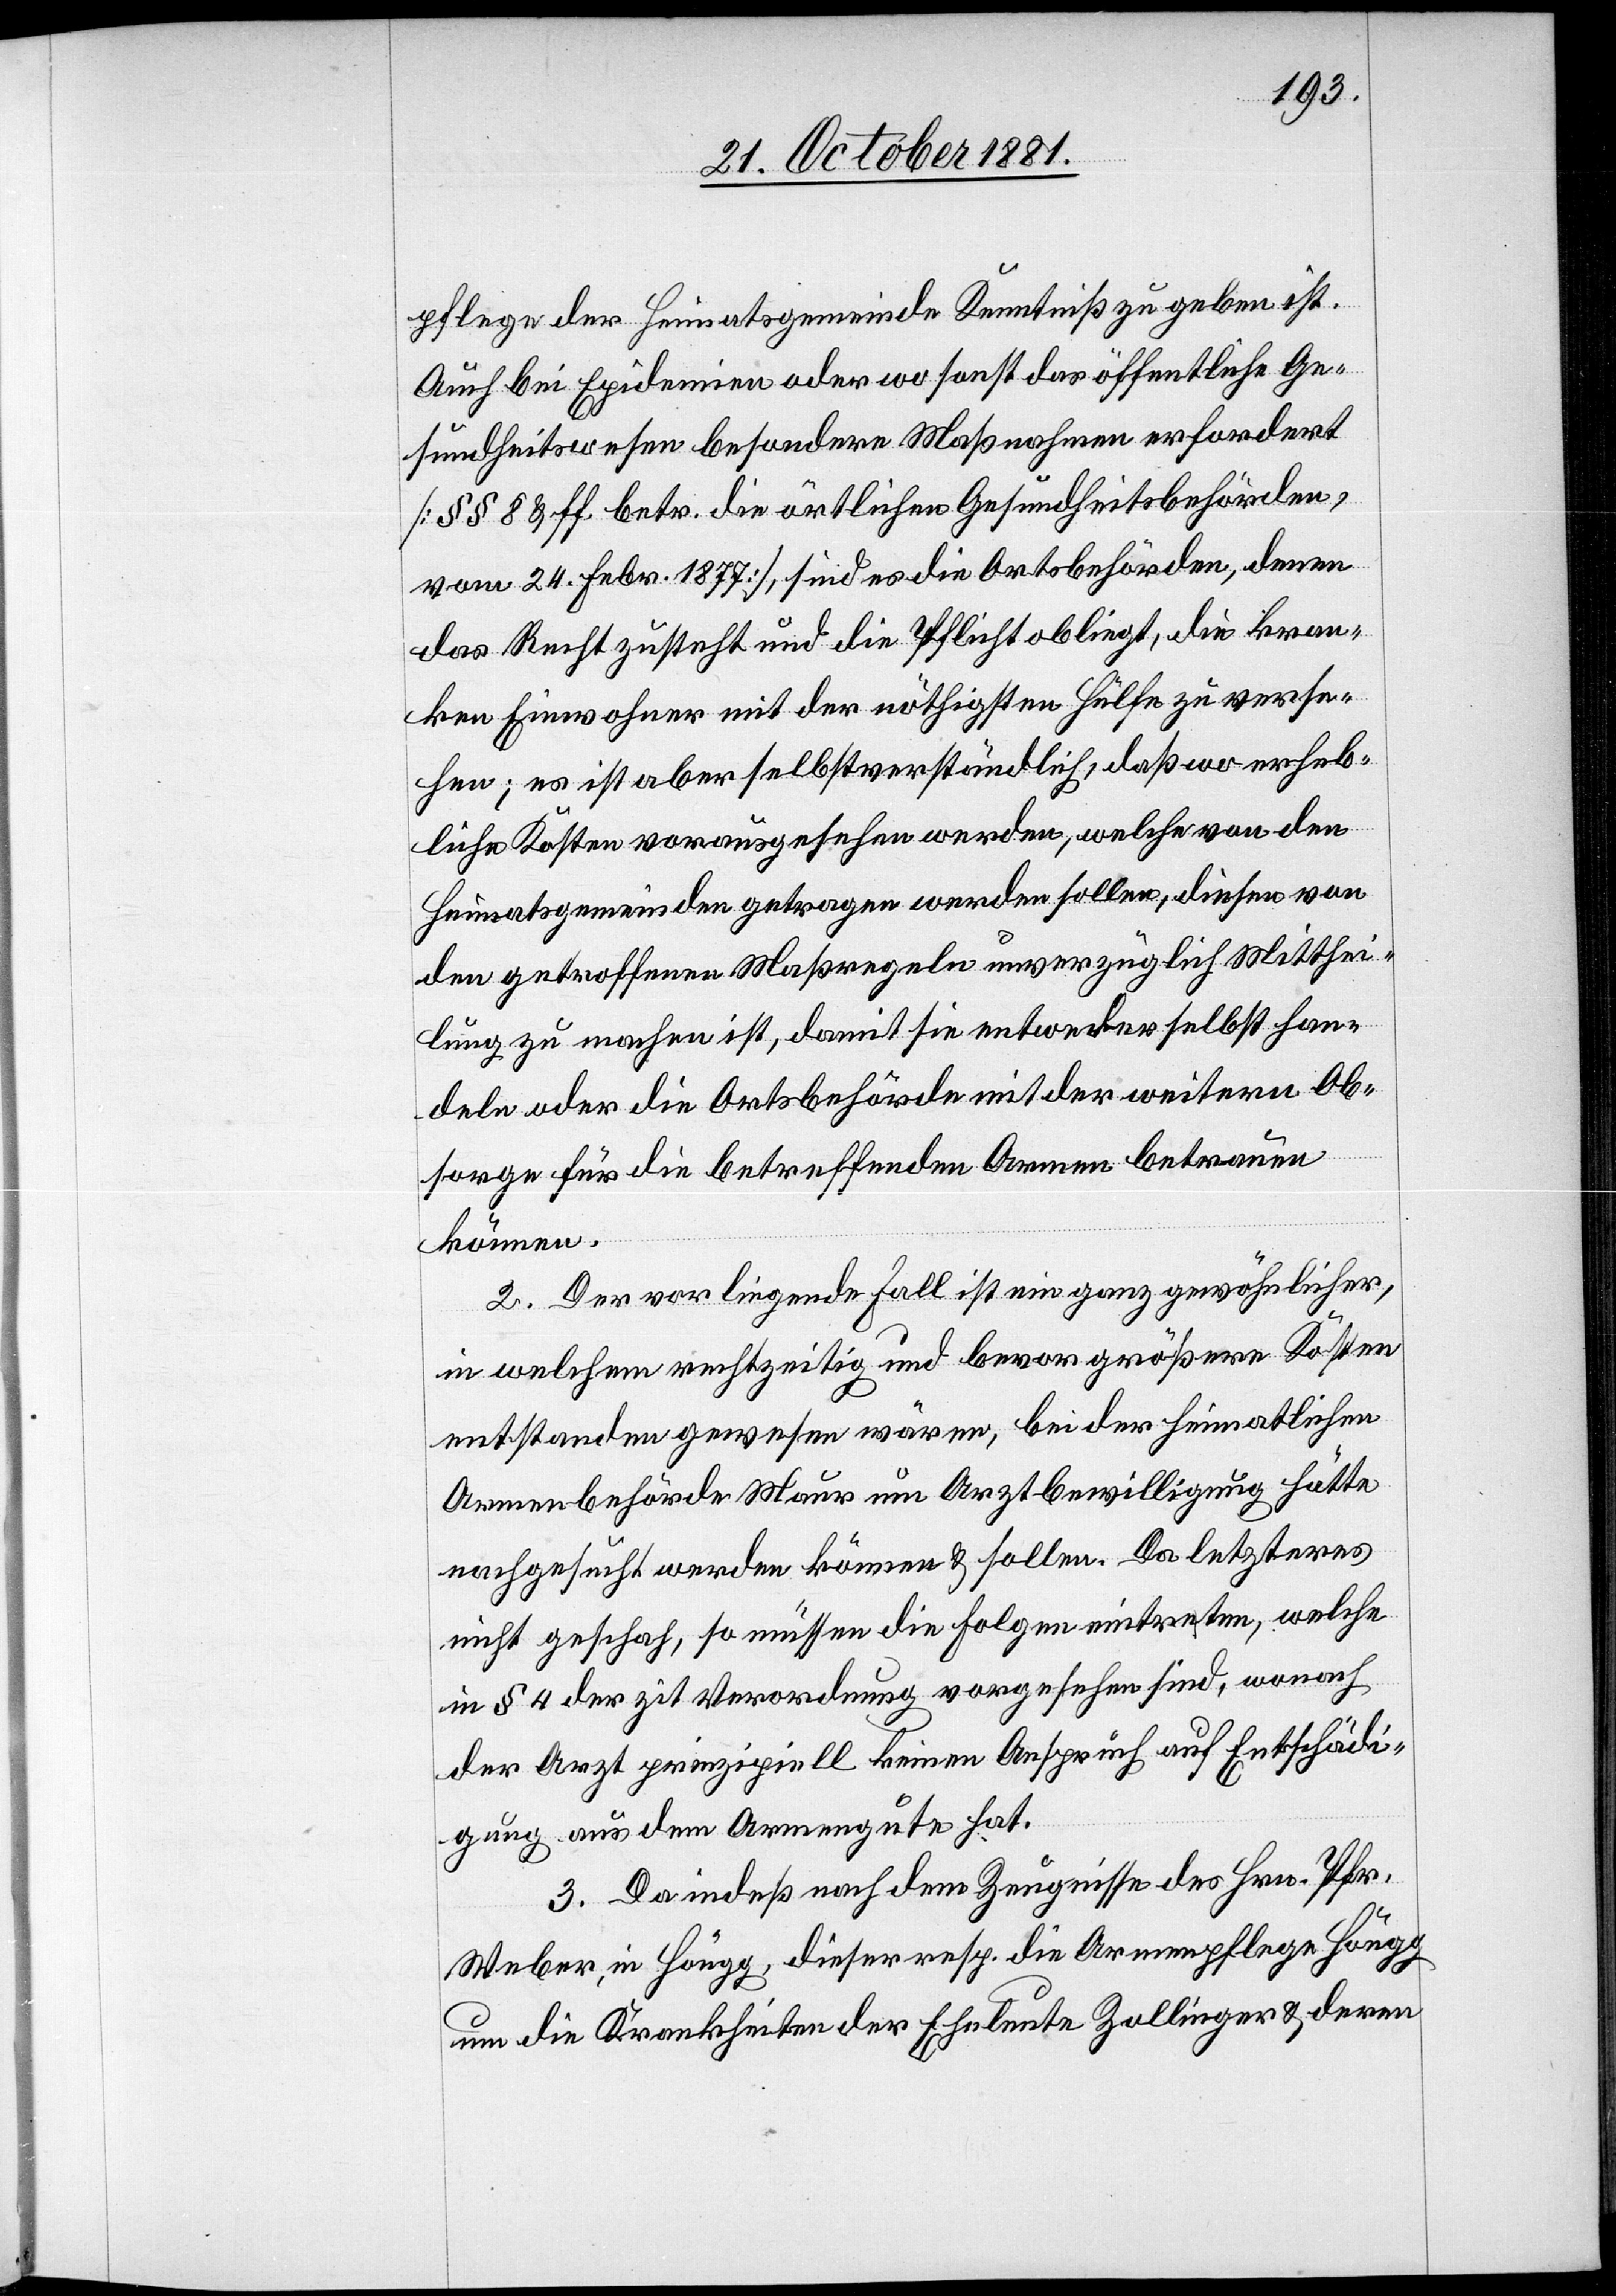
pflege der Heimatsgemeinde Kenntniß zu geben ist.
Auch bei Epidemien oder wo sonst das öffentliche Ge¬
sundheitswesen besondere Maßnahmen erfordert
[§§ 8 & ff. betr. die örtlichen Gesundheitsbehörden,
vom 24. Febr. 1877], sind es die Amtsbehörden, denen
das Recht zusteht und die Pflicht obliegt, die kran¬
ken Einwohner mit der nöthigsten Hülfe zu verse¬
hen; es ist aber selbstverständlich, daß wo erheb¬
liche Kosten vorausgesehen werden, welche von den
Heimatsgemeinden getragen werden sollen, diesen von
den getroffenen Maßregeln unverzüglich Mitthei¬
lung zu machen ist, damit sie entweder selbst han¬
deln oder die Amtsbehörden mit der weitern Ob¬
sorge für die betreffenden Armen betrauen
können.
2. Der vorliegende Fall ist ein ganz gewöhnlicher,
in welchem rechtzeitig und bevor größere Kosten
entstanden gewesen wären, bei der heimatlichen
Armenbehörde Maur um Arztbewilligung hätte
nachgesucht werden können & sollen. Da letzteres
nicht geschah, so müssen die Folgen eintreten, welche
in § 4 der zit[.] Verordnung vorgesehen sind, wonach
der Arzt prinzipiell keinen Anspruch auf Entschädi¬
gung aus dem Armengute hat.
3. Da indeß nach dem Zeugnisse des Hrn. Pfr.
Weber, in Höngg, dieser resp. die Armenpflege Höngg
um die Krankheiten der Eheleute Zollinger & deren